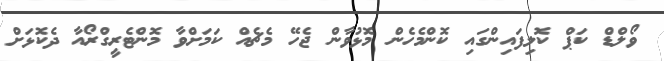
ވޯލްޑް ކަޕް ކޮލިފައިންގައި ކޮންމެހެން މޮޅުވާން ޖެހޭ މެޗެއް ކަމަށްވާ މޮންޓެރީގްރޯއާ ދެކޮޅަށް